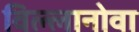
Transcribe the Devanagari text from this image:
विल्लानोवा